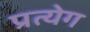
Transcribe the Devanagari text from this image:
प्रत्येग